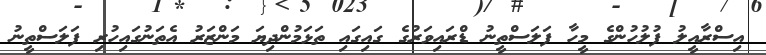
އިސްރާއީލު ފުލުހުންގެ މީހާ ފަލަސްތީނު ޑްރައިވަރުގެ ގައިގައި ތަޅަމުންދިޔަ މަންޒަރު އެތަނުގައިހުރި ފަލަސްތީނު